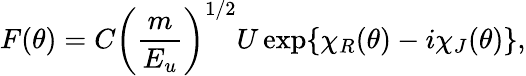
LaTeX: F(\theta)=C{\left(\frac{m}{E_{u}}\right)}^{1/2}U\exp\{ \chi_{R}(\theta)-i\chi_{J}(\theta)\} ,